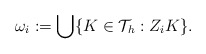
\begin{align*}{\omega}_{i}:=\bigcup\{K\in\mathcal{T}_{h}: Z_{i} K\}.\end{align*}